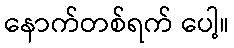
နောက်တစ်ရက် ပေါ့။